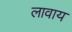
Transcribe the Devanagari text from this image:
लावाय